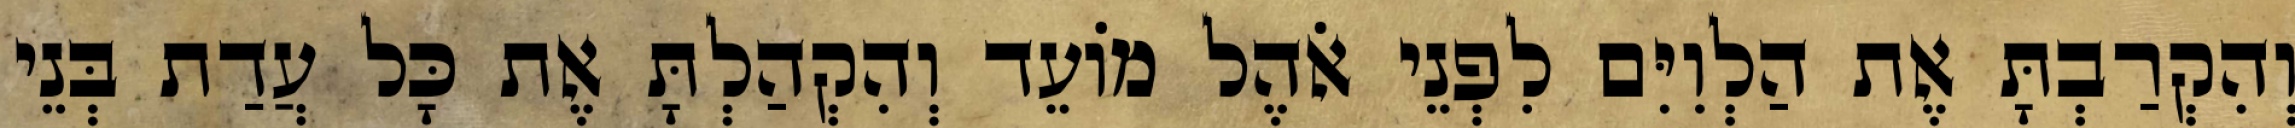
וְהִקְרַבְתָּ אֶת הַלְוִיִּם לִפְנֵי אֹהֶל מוֹעֵד וְהִקְהַלְתָּ אֶת כָּל עֲדַת בְּנֵי